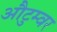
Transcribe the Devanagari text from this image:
औटुम्वर